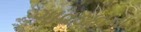
ગાવડકાના